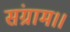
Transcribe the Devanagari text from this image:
संग्राम।।